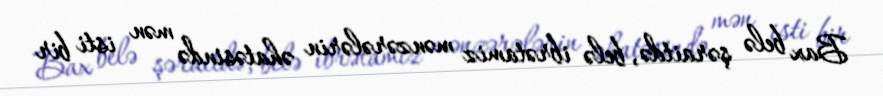
Bax belə şəraitdə, belə ibrətamiz mənzərələrin əhatəsində mən isti bir